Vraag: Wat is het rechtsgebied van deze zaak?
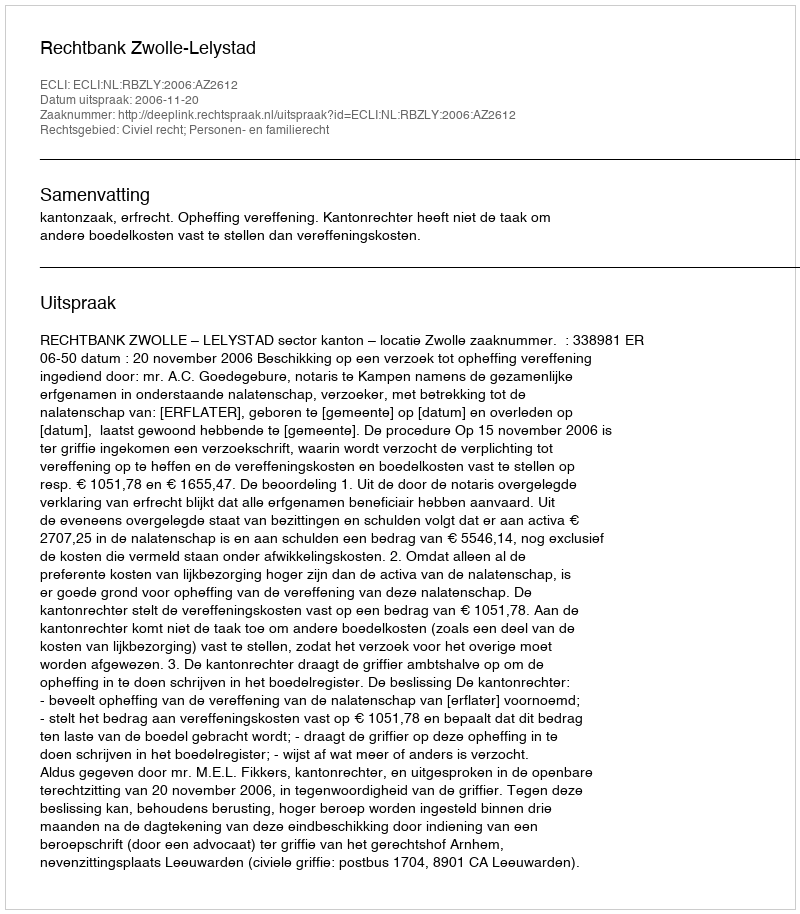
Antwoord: Civiel recht; Personen- en familierecht